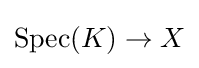
\operatorname {Spec} (K)\rightarrow X